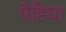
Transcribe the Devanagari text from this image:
पैहिया